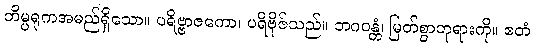
တိမ္ပရုကအမည်ရှိသော။ ပရိဗ္ဗာဇကော၊ ပရိဗိုဇ်သည်။ ဘဂဝန္တံ၊ မြတ်စွာဘုရားကို။ ဧတံ